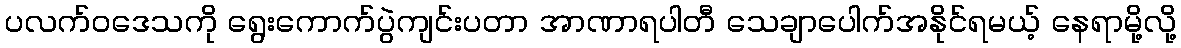
ပလက်ဝဒေသကို ရွေးကောက်ပွဲကျင်းပတာ အာဏာရပါတီ သေချာပေါက်အနိုင်ရမယ့် နေရာမို့လို့